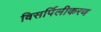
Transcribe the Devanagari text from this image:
विसर्पिलीकरण